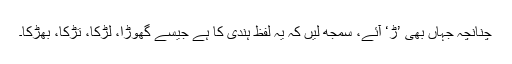
چنانچہ جہاں بھی ’ڑ‘ آئے، سمجھ لیں کہ یہ لفظ ہندی کا ہے جیسے گھوڑا، لڑکا، تڑکا، بھڑکا۔